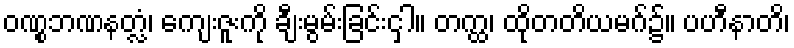
ဝဏ္စဘဏနတ္လံ၊ ကျေးဇူးကို ချီးမွမ်းခြင်းငှါ။ တက္ထ၊ ထိုတတိယမဂ်၌။ ပဟီနာတိ၊